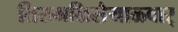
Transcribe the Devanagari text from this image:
तिरुमळिसैयाळ्वार्